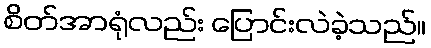
စိတ်အာရုံလည်း ပြောင်းလဲခဲ့သည်။